Calcutta medical institutions reports 1892-1900
Year: 1892
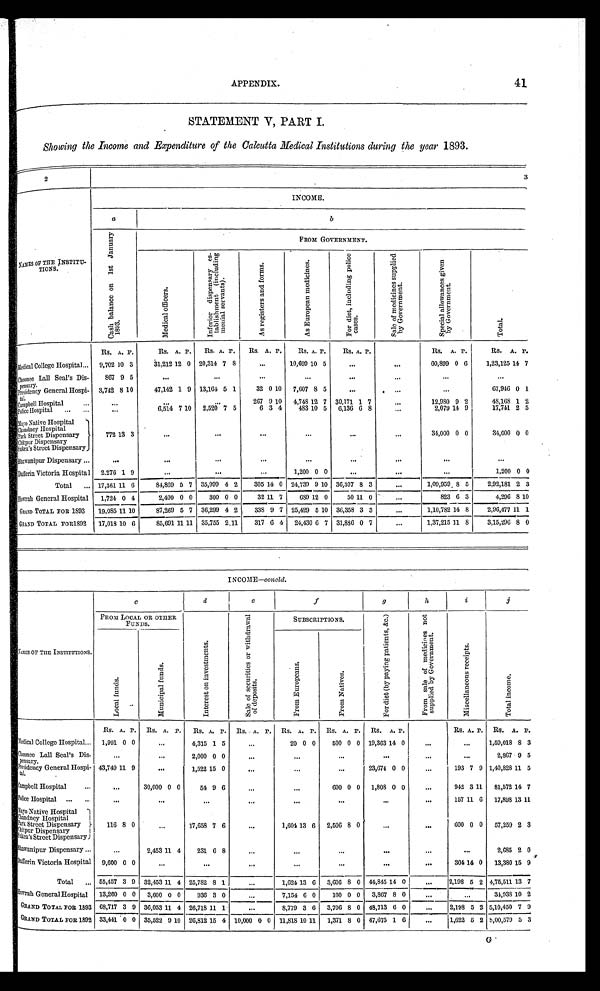
APPENDIX.
41
STATEMENT V, PART I.
Showing the Income and Expenditure of the Calcutta Medical Institutions during the year 1893.
2
3
NAMES OF THE INSTITU-
TIONS.
INCOME.
a
b
C a s h b a l a n c e o n 1 s t J a n u a r y
1 8 9 3 .
FROM GOVERNMENT.
M e d i c a l o f f i c e r s .
I n f e r i o r d i s p e n s a r y e s -
t a b l i s h m e n t ( i n c l u d i n g m e n i a l s e r v a n t s . )
A s r e g i s t e r s a n d f o r m s .
A s E u r o p e a n m e d i c i n e s .
F o r d i e t , i n c l u d i n g p o l i c e
c a s e s .
S a l e o f m e d i c i n e s s u p p l i e d
b y G o v e r n m e n t .
S p e c i a l a l l o w a n c e s g i v e n
b y G o v e r n m e n t .
T o t a l .
Rs. A. P.
Rs. A. P.
Rs. A. P.
Rs. A. P.
Rs. A. P.
Rs. A. P.
Rs. A.
P .
Rs. A. P.
Medical College Hospital ... 9,702 10 3
31,212 12 0 20,314 7 8
...
10,699 10 5
...
...
60,899 0 6
1,23,125 14 7
Choonee Lall Seal's Dis-
pensary.
867 9 5
. . .
...
...
. . .
...
...
...
...
Presidency General Hospi-
tal.
3,742 8 10
47,142 1 9 13,164 5 1
32 0 10 7,607 8 5
...
. . .
...
67,946 0 1
Campbell Hospital
. . .
...
. . .
. . .
267 9 10 4,748 12 7 30,171 1 7
...
12,980 9 2
48,168 1 2
Police Hospital
...
...
...
6,514 7 10 2,520 7 5
6 3 4
483 10 5 6,136 6 8
...
2,079 14 9
17,741 2 5
Mayo Native Hospital
772 13 3
...
. . .
...
...
. . .
. . .
34,000 0 0
34,000 0 0
Chandney Hospital
Park Street Dispensary
Chitpur Dispensary
Sukea's Street Dispensary
Bhawanipur Dispensary ...
...
...
...
...
...
...
...
...
...
Dufferin Victoria Hospital 2,276 1 9
...
...
...
1,200 0 0
...
...
...
1,200 0 0
Total
... 17,361 11 6
84,869 5 7 35,999 4 2
305 14 0 24,739 9 10 36,307 8 3
...
1,09,959
8 5
2,92,181 2 3
Howrah General Hospital 1,724 0 4
2,400 0 0
300 0 0
32 11 7
689 12 0
50 11 0
...
823 6 3
4,296
8 10
GRAND TOTAL FOR 1893
19,085 11 10
87,269 5 7 36,299 4 2
338 9 7 25,429 5 10 36,358 3 3
...
1,10,782 14 8
2,96,477 11 1
GRAND TOTAL FOR 1892
17,018 10 6
85,691 11 11 35,755 2.11
317 6 4 24,430 6 7 31,886 0 7
...
1,37,215 11 8
3,15,296 8 0
INCOME—concld.
NAMES OF THE INSTITUTIONS.
c
d
e
f
g
h
i
j
FROM LOCAL OR OTHER
FUNDS.
I n t e r e s t o n i n v e s t m e n t s .
S a l e o f s e c u r i t i e s o r w i t h d r a w a l
o f d e p o s i t s .
SUBSCRIPTIONS.
F o r d i e t ( b y p a y i n g p a t i e n t s , & c . )
F r o m s a l e o f m e d i c i n e s n o t
s u p p l i e d b y G o v e r n m e n t .
M i s c e l l a n e o u s
r e c e i p t s .
T o t a l i n c o m e .
L o c a l f u n d s .
M u n i c i p a l f u n d s .
F r o m E u r o p e a n s .
F r o m N a t i v e s .
Rs. A. P. Rs. A. P.
Rs. A. P. Rs. A. P. Rs. A. P. Rs. A. P. Rs. A. P.
Rs. A. P. Rs. A. P.
Medical College Hospital ... 1,991 0 0
...
4,315 1 5
. . .
20 0 0
500 0 0 19,363 14 0
. . .
. . .
1,59,018 8 3
Choonee Lall Seal's Dis-
pensary.
...
...
2,000 0 0
. . .
...
...
. . .
. . .
. . .
2,867 9 5
P residency General Hospi-
tal.
43,749 11 9
...
1,522 15 0
...
...
...
23,674 0 0
...
193 7 9 1,40,828 11 5
campbell Hospital
...
...
30,000 0 0
54 9 6
...
. . . 600 0 0 1,808 0 0
...
942 3 11
81,572 14 7
Police Hospital ...
...
...
...
...
...
...
...
...
...
157 11 6 17,898 13 11
Mayo Native Hospital
116 8 0
...
17,658 7 6
...
1,604 13 6
2,506 8 0
...
...
6 0 0 0 0 57,259 2 3
Chandney Hospital
Park Street Dispensary
Chitpur Dispensary
Sukea's Street Dispensary
Bhawanipur Dispensary...
...
2,453 11 4
231 6 8
...
...
...
. . . ...
. . .
2,685 2 0
D ufferin Victoria Hospital 9,600 0 0
...
...
...
. . .
...
...
. . .
304 14 0 13,380 15 9
Total
... 55,457 3 9 32,453 11 4 25,782 8 1
...
1,624 13 6
3,606 8 0 44,845 14 0
. . .
2,198 5 2 4,75,511 13 7
Howrah General Hospital 13,260 0 0 3,600 0 0
936 3 0
...
7,154
6 0
100 0 0
3,867 8 0
...
. . .
34,938 10 2
GRAND TOTAL FOR 1893 68,717 3 9 36,053 11 4 26,713 11 1
...
8,779 3 6
3,706 8 0 48,713 6 0
... 2,198 5 2 5,10,450 7 9
G RAND TOTAL FOR 1892 33,441 0 0 35,522 9 10 26,812 15 4 10,000 0 0 11,818 10 11 1,371 8 0 47,675 1 6
...
1,622 5 2 5,00,579 5 3